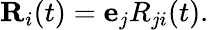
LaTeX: \begin{array}{r}{{\mathbf R}_{i}(t)={\mathbf e}_{j}R_{ji}(t).}\end{array}